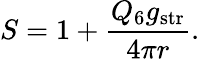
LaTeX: S=1+\frac{Q_{6}g_{\mathrm{str}}}{4\pi r}.